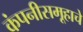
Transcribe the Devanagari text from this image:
कंपनीसमूहाचे